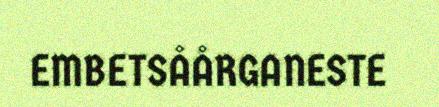
EMBETSÅÅRGANESTE